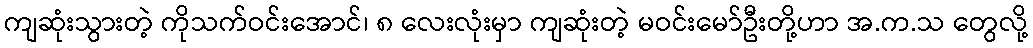
ကျဆုံးသွားတဲ့ ကိုသက်ဝင်းအောင်၊ ၈ လေးလုံးမှာ ကျဆုံးတဲ့ မဝင်းမော်ဦးတို့ဟာ အ.က.သ တွေလို့